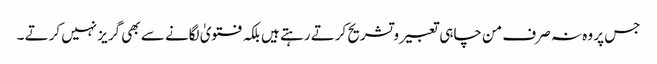
جس پر وہ نہ صرف من چاہی تعبیر و تشریح کرتے رہتے ہیں بلکہ فتویٰ لگانے سے بھی گریز نہیں کرتے ۔